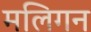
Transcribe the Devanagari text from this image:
मलिगन